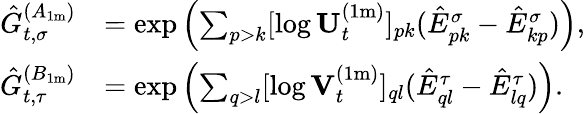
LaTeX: \begin{array}{rl}{\hat{G}_{t,\sigma}^{(A_{1\mathrm{m}})}}&{=\exp\left(\sum_{p>k}[\log\mathbf{U}_{t}^{(1\mathrm{m})}]_{pk}(\hat{E}_{pk}^{\sigma}-\hat{E}_{kp}^{\sigma})\right),}\\ {\hat{G}_{t,\tau}^{(B_{1\mathrm{m}})}}&{=\exp\left(\sum_{q>l}[\log\mathbf{V}_{t}^{(1\mathrm{m})}]_{ql}(\hat{E}_{ql}^{\tau}-\hat{E}_{lq}^{\tau})\right).}\end{array}